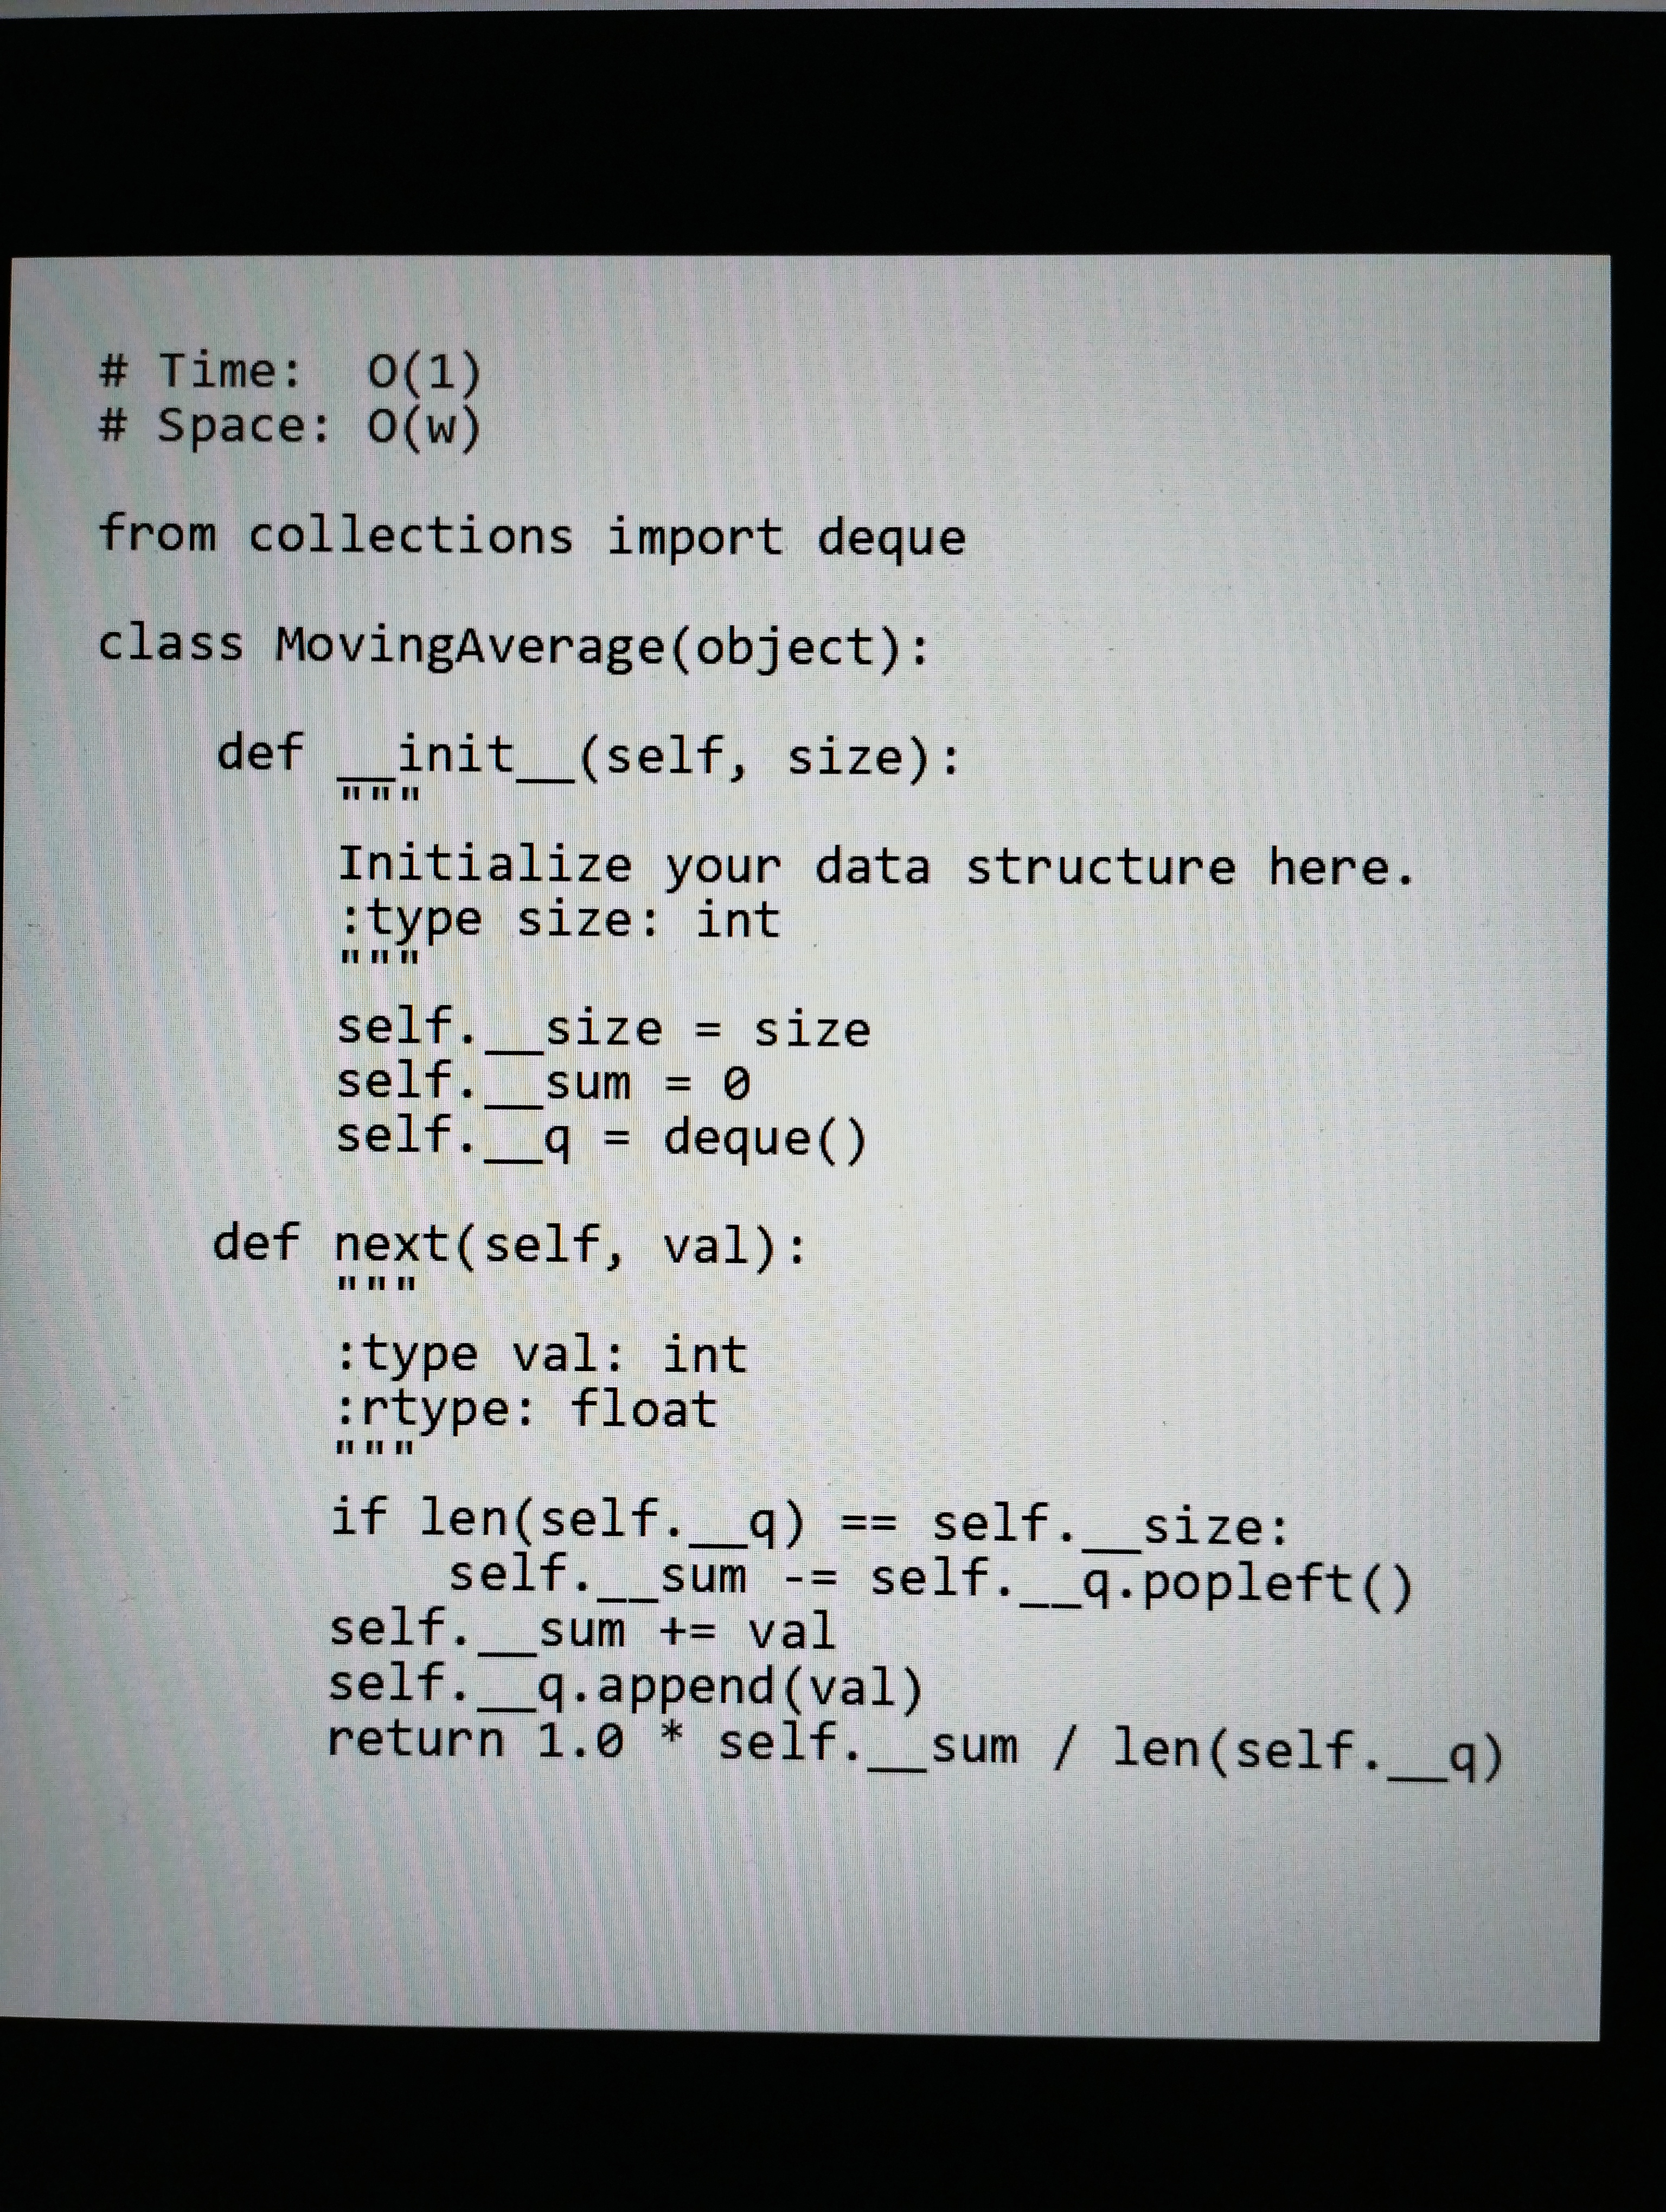
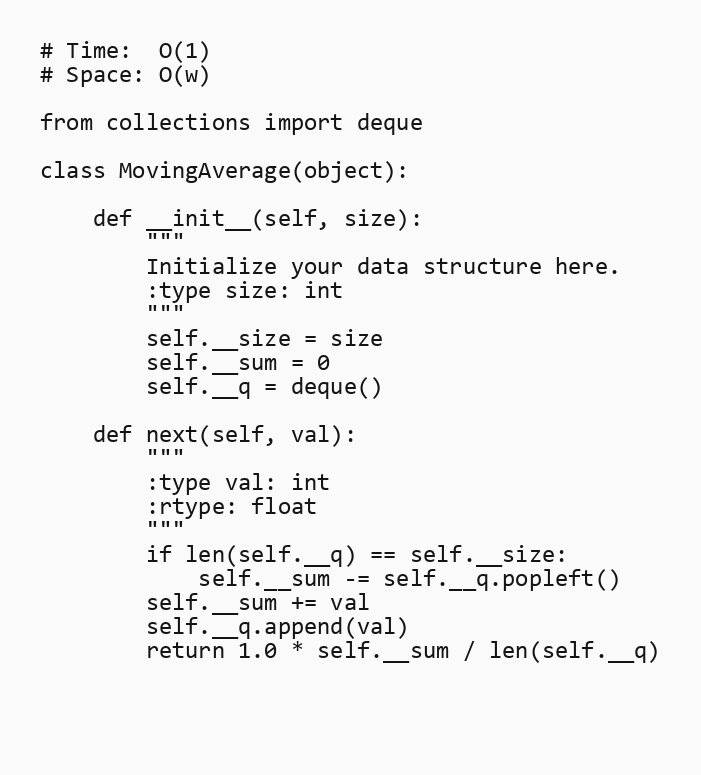
# Time:  O(1)
# Space: O(w)

from collections import deque

class MovingAverage(object):

    def __init__(self, size):
        """
        Initialize your data structure here.
        :type size: int
        """
        self.__size = size
        self.__sum = 0
        self.__q = deque()

    def next(self, val):
        """
        :type val: int
        :rtype: float
        """
        if len(self.__q) == self.__size:
            self.__sum -= self.__q.popleft()
        self.__sum += val
        self.__q.append(val)
        return 1.0 * self.__sum / len(self.__q)